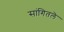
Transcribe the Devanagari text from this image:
सांगितलॆ